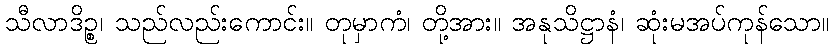
သီလာဒိဉ္စ၊ သည်လည်းကောင်း။ တုမှာကံ၊ တို့အား။ အနုသိဋ္ဌာနံ၊ ဆုံးမအပ်ကုန်သော။